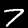
Digit: 7